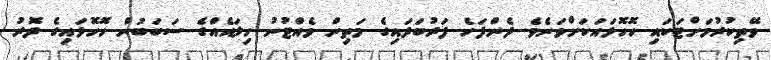
ވޭތިކުރުމަށްޓަކައި ހޮހޮޅައަކަށްވަނެވެ. ދެންފަހެ ފަރުބަދައިގެ މަތިން ވެއްޓުނު ހިލައެއްގެ ސަބަބުން ހޮހޮޅައިގެ ދޮރު